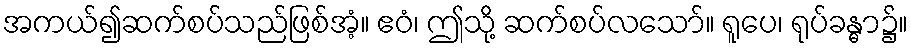
အကယ်၍ဆက်စပ်သည်ဖြစ်အံ့။ ဧဝံ၊ ဤသို့ ဆက်စပ်လသော်။ ရူပေ၊ ရုပ်ခန္ဓာ၌။